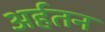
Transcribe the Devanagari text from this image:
अर्हतन